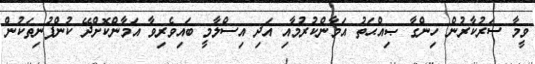
ވީމާ ސަރުކާރުން ހިންގާ ޞިއްޙަތު އަމާންކުރުމާއި އަދި އިސްލާމީ ބައިވެރިވާ އަމާންކޮށްދޭ ކުންފުނިތަކުން